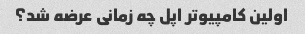
اولین کامپیوتر اپل چه زمانی عرضه شد؟